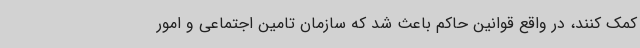
کمک کنند، در واقع قوانین حاکم باعث شد که سازمان تامین اجتماعی و امور